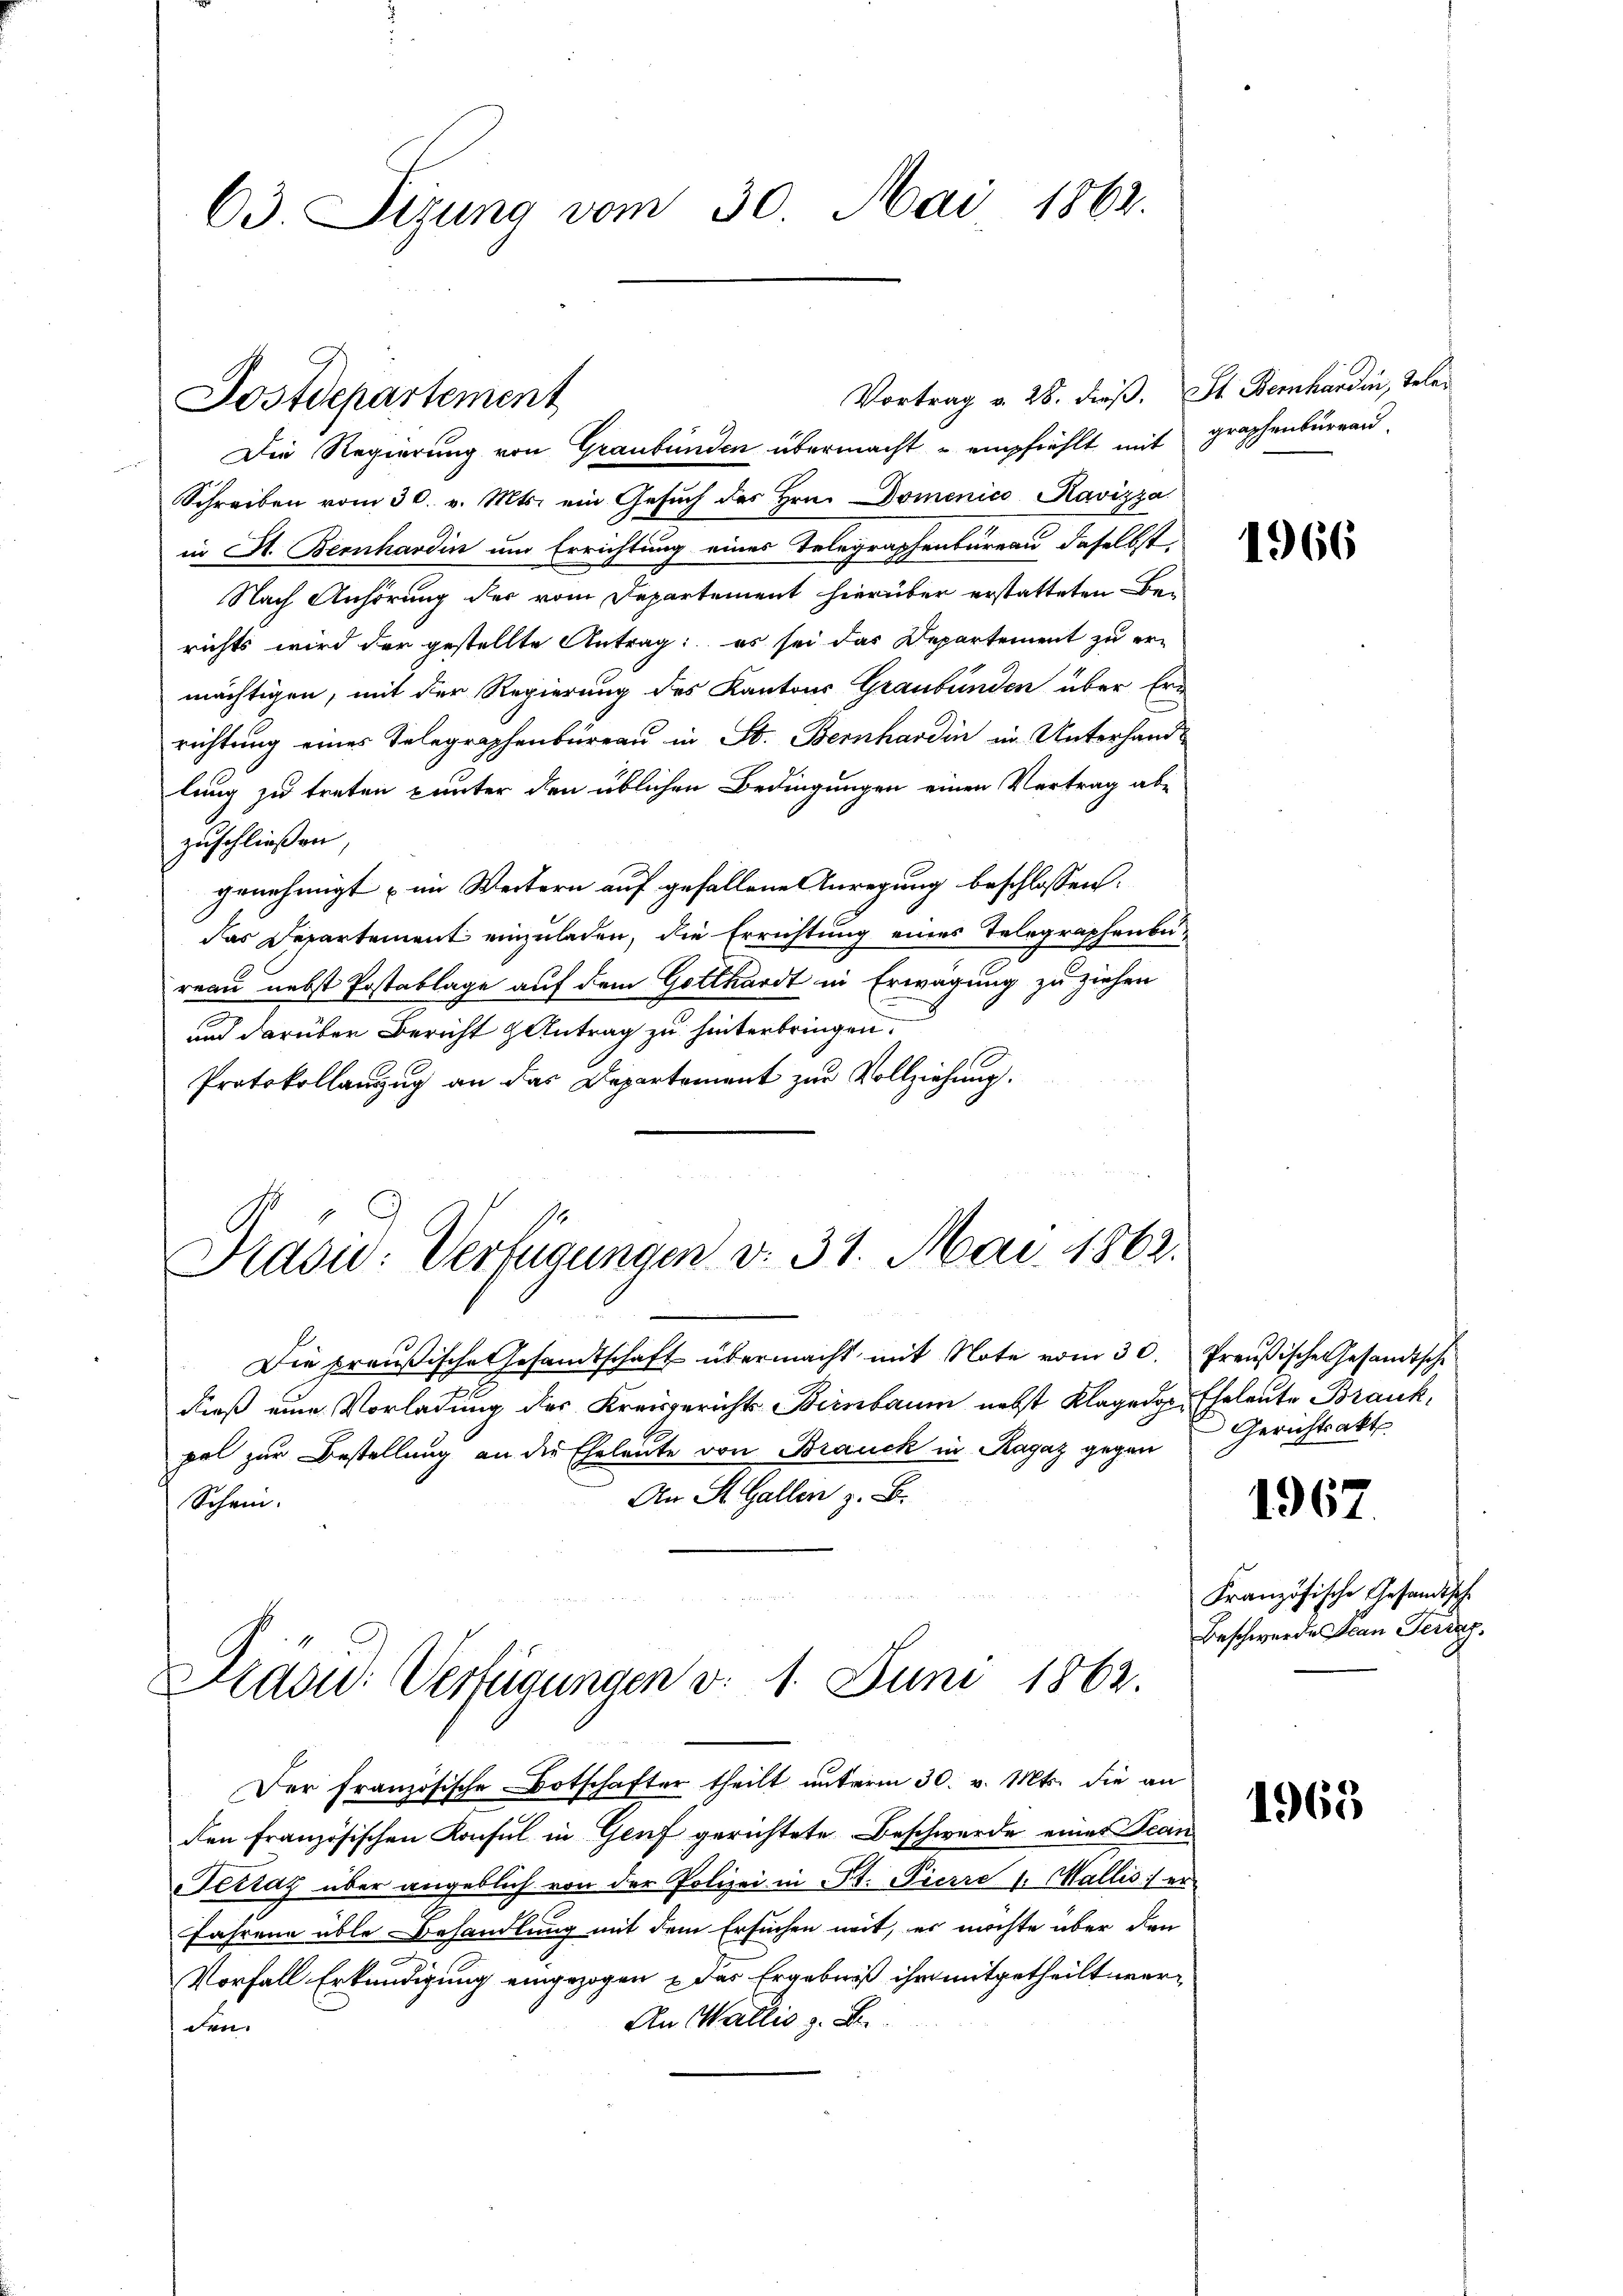
63. Sizung vom 30. Mai 1862.

Die Regierung von Graubünden übermacht u empfiehlt mit graphenbüreau,
Schreiben vom 30. v. Mts. ein Gesŭch des Hrn. Domenico Ravizza
in A. Bernhardin und Errichtung eines Telegraphenbureau daselbst
Nach Anhörung der vom Departement hierüber erstatteten Berichts wird der gestellte Antrag: es sei das Departement zu er-
mächtigen, mit der Regierung des Kantons Graubünden über Ern
richtung eines Telegraphenbüreau in St. Bernhardin in Unterhand-
lung zu treten punter den üblichen Bedingungen einen Vertrag ab-
zuschließen,
genehmigt im Weitern auf gefallene Anregung beschlossen:
das Departement einzuladen, die Errichtung eines Telegraphenbureau nebst Postablage auf dem Gotthardt in Erwägung zu ziehen
und darüber Bericht & Antrag zu hinterbringen.
Protokollanzug an das Departement zur Vollziehung.

Postdepartement

Vortrag v. 28. dieß. St. Bernhardi, Tele¬

Nasu: Verfügungen v. 31. Mai 1862.

Kadu: Verfügungen d. 1. Juni 1862.

Die preußische Gesandtschaft übermacht mit Note vom 30. Preußische Gesandtsche
dieß eine Vorladung des Kreisgerichts Birnbaum nebst Klage des Eheleute Brank,
pel zur Bestellung an die Eheleute von Brauck in Ragaz gegen
An St. Gallen z. B.
Schein.
Der französische Botschafter theilt unterm 30. v. Mts. die an
den Französischen Konsul in Genf gerichtete Beschwerde eines Tean
Sertag über angeblich von der Polizei in St. Pierre 1. Wallis) er
Jahrene üble Behandlung mit dem Ersuchen mit, er möchte über den
Vorfall Erkundigung eingezogen & das Ergebniß ihr mitgetheilt wer¬
An Wallis z. B.
den.

1966

Gerichtsakt

1967.

Französische Gesandische
Beschwerdes Scan Terraz.

1965